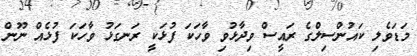
މަޑަވެލި ކައުންސިލްގެ ރައީސް ވިދާޅުވި ވާހަކަ ފުޅަކީ ރަނގަޅު ވާހަކަ ފުޅެއް ނޫން